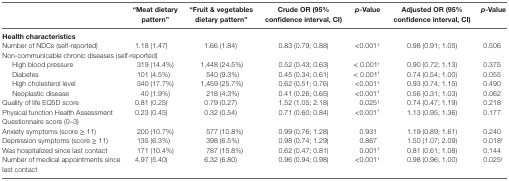
<table><thead><tr><td></td><td><b>“Meat dietary pattern”</b></td><td><b>“Fruit &amp; vegetables dietary pattern”</b></td><td><b>Crude OR (95% confidence interval, CI)</b></td><td><b><i>p</i>-Value</b></td><td><b>Adjusted OR (95% confidence interval, CI)</b></td><td><b><i>p</i>-Value</b></td></tr></thead><tbody><tr><td colspan="7"><b>Health characteristics</b></td></tr><tr><td>Number of NDCs (self-reported)</td><td>1.18 (1.47)</td><td>1.66 (1.84)</td><td>0.83 (0.79; 0.88)</td><td>&lt;0.001<sup>†</sup></td><td>0.98 (0.91; 1.05)</td><td>0.506</td></tr><tr><td colspan="7">Non-communicable chronic diseases (self-reported)</td></tr><tr><td> High blood pressure</td><td>319 (14.4%)</td><td>1,448 (24.5%)</td><td>0.52 (0.43; 0.63)</td><td> &lt; 0.001<sup>†</sup></td><td>0.90 (0.72; 1.13)</td><td>0.375</td></tr><tr><td> Diabetes</td><td>101 (4.5%)</td><td>540 (9.3%)</td><td>0.45 (0.34; 0.61)</td><td> &lt; 0.001<sup>†</sup></td><td>0.74 (0.54; 1.00)</td><td>0.055</td></tr><tr><td> High cholesterol level</td><td>340 (17.7%)</td><td>1,459 (25.7%)</td><td>0.62 (0.51; 0.76)</td><td>&lt;0.001<sup>†</sup></td><td>0.93 (0.74; 1.15)</td><td>0.490</td></tr><tr><td> Neoplastic disease</td><td>40 (1.9%)</td><td>218 (4.3%)</td><td>0.41 (0.26; 0.65)</td><td>&lt;0.001<sup>†</sup></td><td>0.56 (0.31; 1.03)</td><td>0.062</td></tr><tr><td>Quality of life EQ5D score</td><td>0.81 (0.25)</td><td>0.79 (0.27)</td><td>1.52 (1.05; 2.18)</td><td>0.025<sup>†</sup></td><td>0.74 (0.47; 1.19)</td><td>0.218</td></tr><tr><td>Physical function Health Assessment Questionnaire score (0–3)</td><td>0.23 (0.45)</td><td>0.32 (0.54)</td><td>0.71 (0.60; 0.84)</td><td>&lt;0.001<sup>†</sup></td><td>1.13 (0.95; 1.36)</td><td>0.177</td></tr><tr><td>Anxiety symptoms (score ≥ 11)</td><td>200 (10.7%)</td><td>577 (10.8%)</td><td>0.99 (0.76; 1.28)</td><td>0.931</td><td>1.19 (0.89; 1.61)</td><td>0.240</td></tr><tr><td>Depression symptoms (score ≥ 11)</td><td>135 (6.3%)</td><td>398 (6.5%)</td><td>0.98 (0.74; 1.29)</td><td>0.867</td><td>1.50 (1.07; 2.09)</td><td>0.018<sup>†</sup></td></tr><tr><td>Was hospitalized since last contact</td><td>171 (10.4%)</td><td>787 (15.8%)</td><td>0.62 (0.47; 0.81)</td><td>0.001<sup>†</sup></td><td>0.81 (0.61; 1.08)</td><td>0.144</td></tr><tr><td>Number of medical appointments since last contact</td><td>4.97 (5.40)</td><td>6.32 (6.80)</td><td>0.96 (0.94; 0.98)</td><td>&lt;0.001<sup>†</sup></td><td>0.98 (0.96; 1.00)</td><td>0.025<sup>†</sup></td></tr></tbody></table>